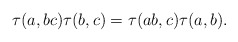
\begin{align*} \tau(a,bc)\tau(b,c)=\tau(ab,c)\tau(a,b).\end{align*}